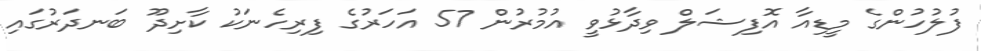
ފުލުހުންގެ މީޑިއާ އޮފިޝަލް ވިދާޅުވީ އުމުރުން 57 އަހަރުގެ ފިރިހެނަކު ކާށިދޫ ބަނދަރުގައި